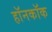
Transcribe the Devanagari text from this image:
हॉनकॉक